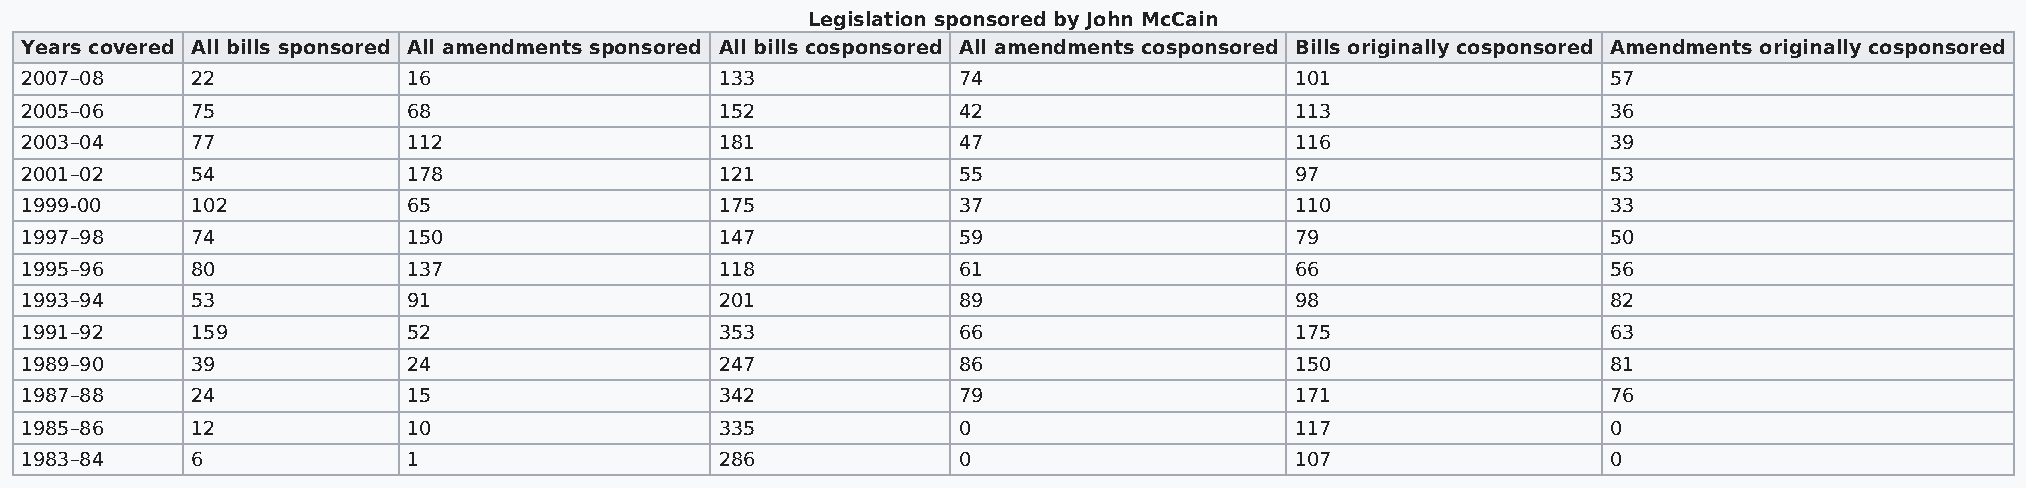
Legislation sponsored by John McCain
 Years covered All bills sponsored All amendments sponsored All bills cosponsored All amendments cosponsored Bills originally cosponsored Amendments originally cosponsored
 2007–08     22            16                   133            74                     101                  57
 2005–06     75            68                   152            42                     113                  36
 2003–04     77            112                  181            47                     116                  39
 2001–02     54            178                  121            55                     97                   53
 1999-00     102           65                   175            37                     110                  33
 1997–98     74            150                  147            59                     79                   50
 1995–96     80            137                  118            61                     66                   56
 1993–94     53            91                   201            89                     98                   82
 1991–92     159           52                   353            66                     175                  63
 1989–90     39            24                   247            86                     150                  81
 1987–88     24            15                   342            79                     171                  76
 1985–86     12            10                   335            0                      117                  0
 1983–84     6             1                    286            0                      107                  0